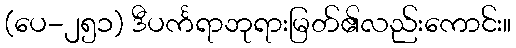
(ပေ-၂၅၁) ဒီပင်္ကရာဘုရားမြတ်၏လည်းကောင်း။